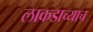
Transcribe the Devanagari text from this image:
लाकडाच्याच